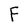
Character: F